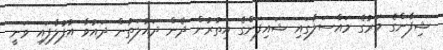
ޝިފާންގެ މަރުގެ މައްސަލާގައި ޝައިފަންގެ އިތުރުން ދެން ދައުލަތުން ދައުވާ އުފުލާފައި ވަނީ